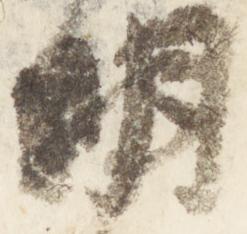
明